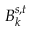
B _ { k } ^ { s , t }